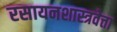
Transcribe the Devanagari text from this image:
रसायनशास्त्रवेत्ता